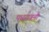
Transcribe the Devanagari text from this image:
पधरावनी